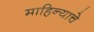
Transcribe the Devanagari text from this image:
माहिन्याचे